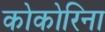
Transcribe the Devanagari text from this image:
कोकोरिना